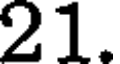
21.